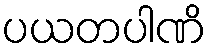
ပယတပါဏိ